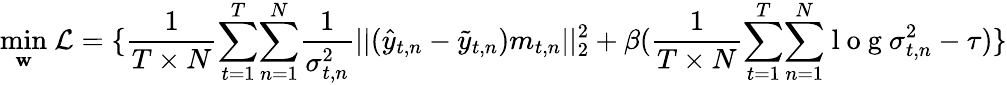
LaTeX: \underset{\mathbf{w}}{\mathop{\operatorname*{min}}}~\mathcal{L}=\{ \frac{1}{T\times N}{\sum_{t=1}^{T}}{\sum_{n=1}^{N}}\frac{1}{\sigma_{t,n}^{2}}||(\hat{y}_{t,n}-\tilde{y}_{t,n})m_{t,n}||_{2}^{2}+\beta(\frac{1}{T\times N}{\sum_{t=1}^{T}}{\sum_{n=1}^{N}}\mathrm{~l~o~g~}\sigma_{t,n}^{2}-\tau)\}